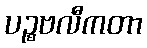
ပဉ္စဗလီကတာ